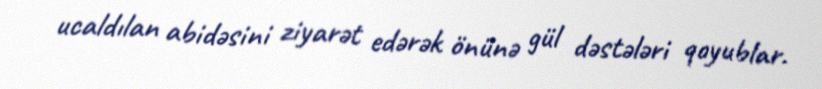
ucaldılan abidəsini ziyarət edərək önünə gül dəstələri qoyublar.